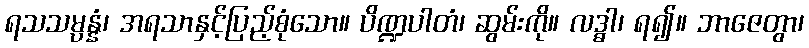
ရသသမ္ပန္နံ၊ အရသာနှင့်ပြည့်စုံသော။ ပိဏ္ဍပါတံ၊ ဆွမ်းကို။ လဒ္ဓါ၊ ရ၍။ ဘာဇေတွာ၊